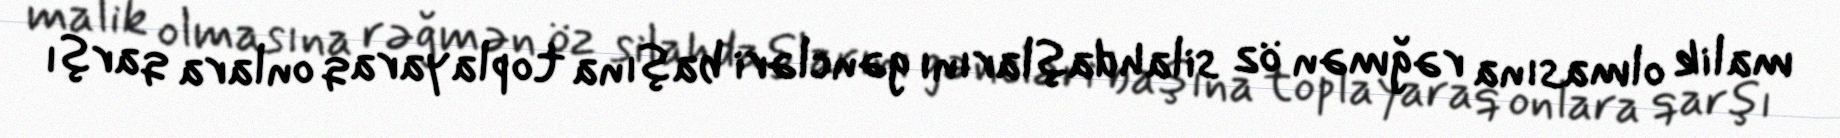
malik olmasına rəğmən öz silahdaşlarını gəncləri başına toplayaraq onlara qarşı